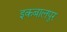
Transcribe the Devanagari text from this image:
इकबालपुर